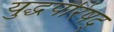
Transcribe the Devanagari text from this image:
युद्धपरिषद्